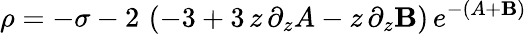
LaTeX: \rho=-\sigma-2\, \left(-3+3\, z\, \partial_{z}A-z\, \partial_{z}\mathbf{B}\right)\, e^{-(A+\mathbf{B})}